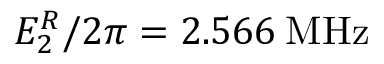
E _ { 2 } ^ { R } / 2 \pi = 2 . 5 6 6 \: \mathrm { M H z }